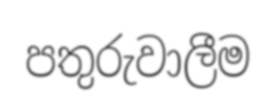
පතුරුවාලීම